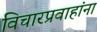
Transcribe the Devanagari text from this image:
विचारप्रवाहांना